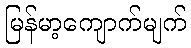
မြန်မာ့ကျောက်မျက်